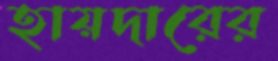
হায়দারের